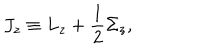
LaTeX: J _ { z } \equiv L _ { z } + { \frac { 1 } { 2 } } \Sigma _ { z } ,